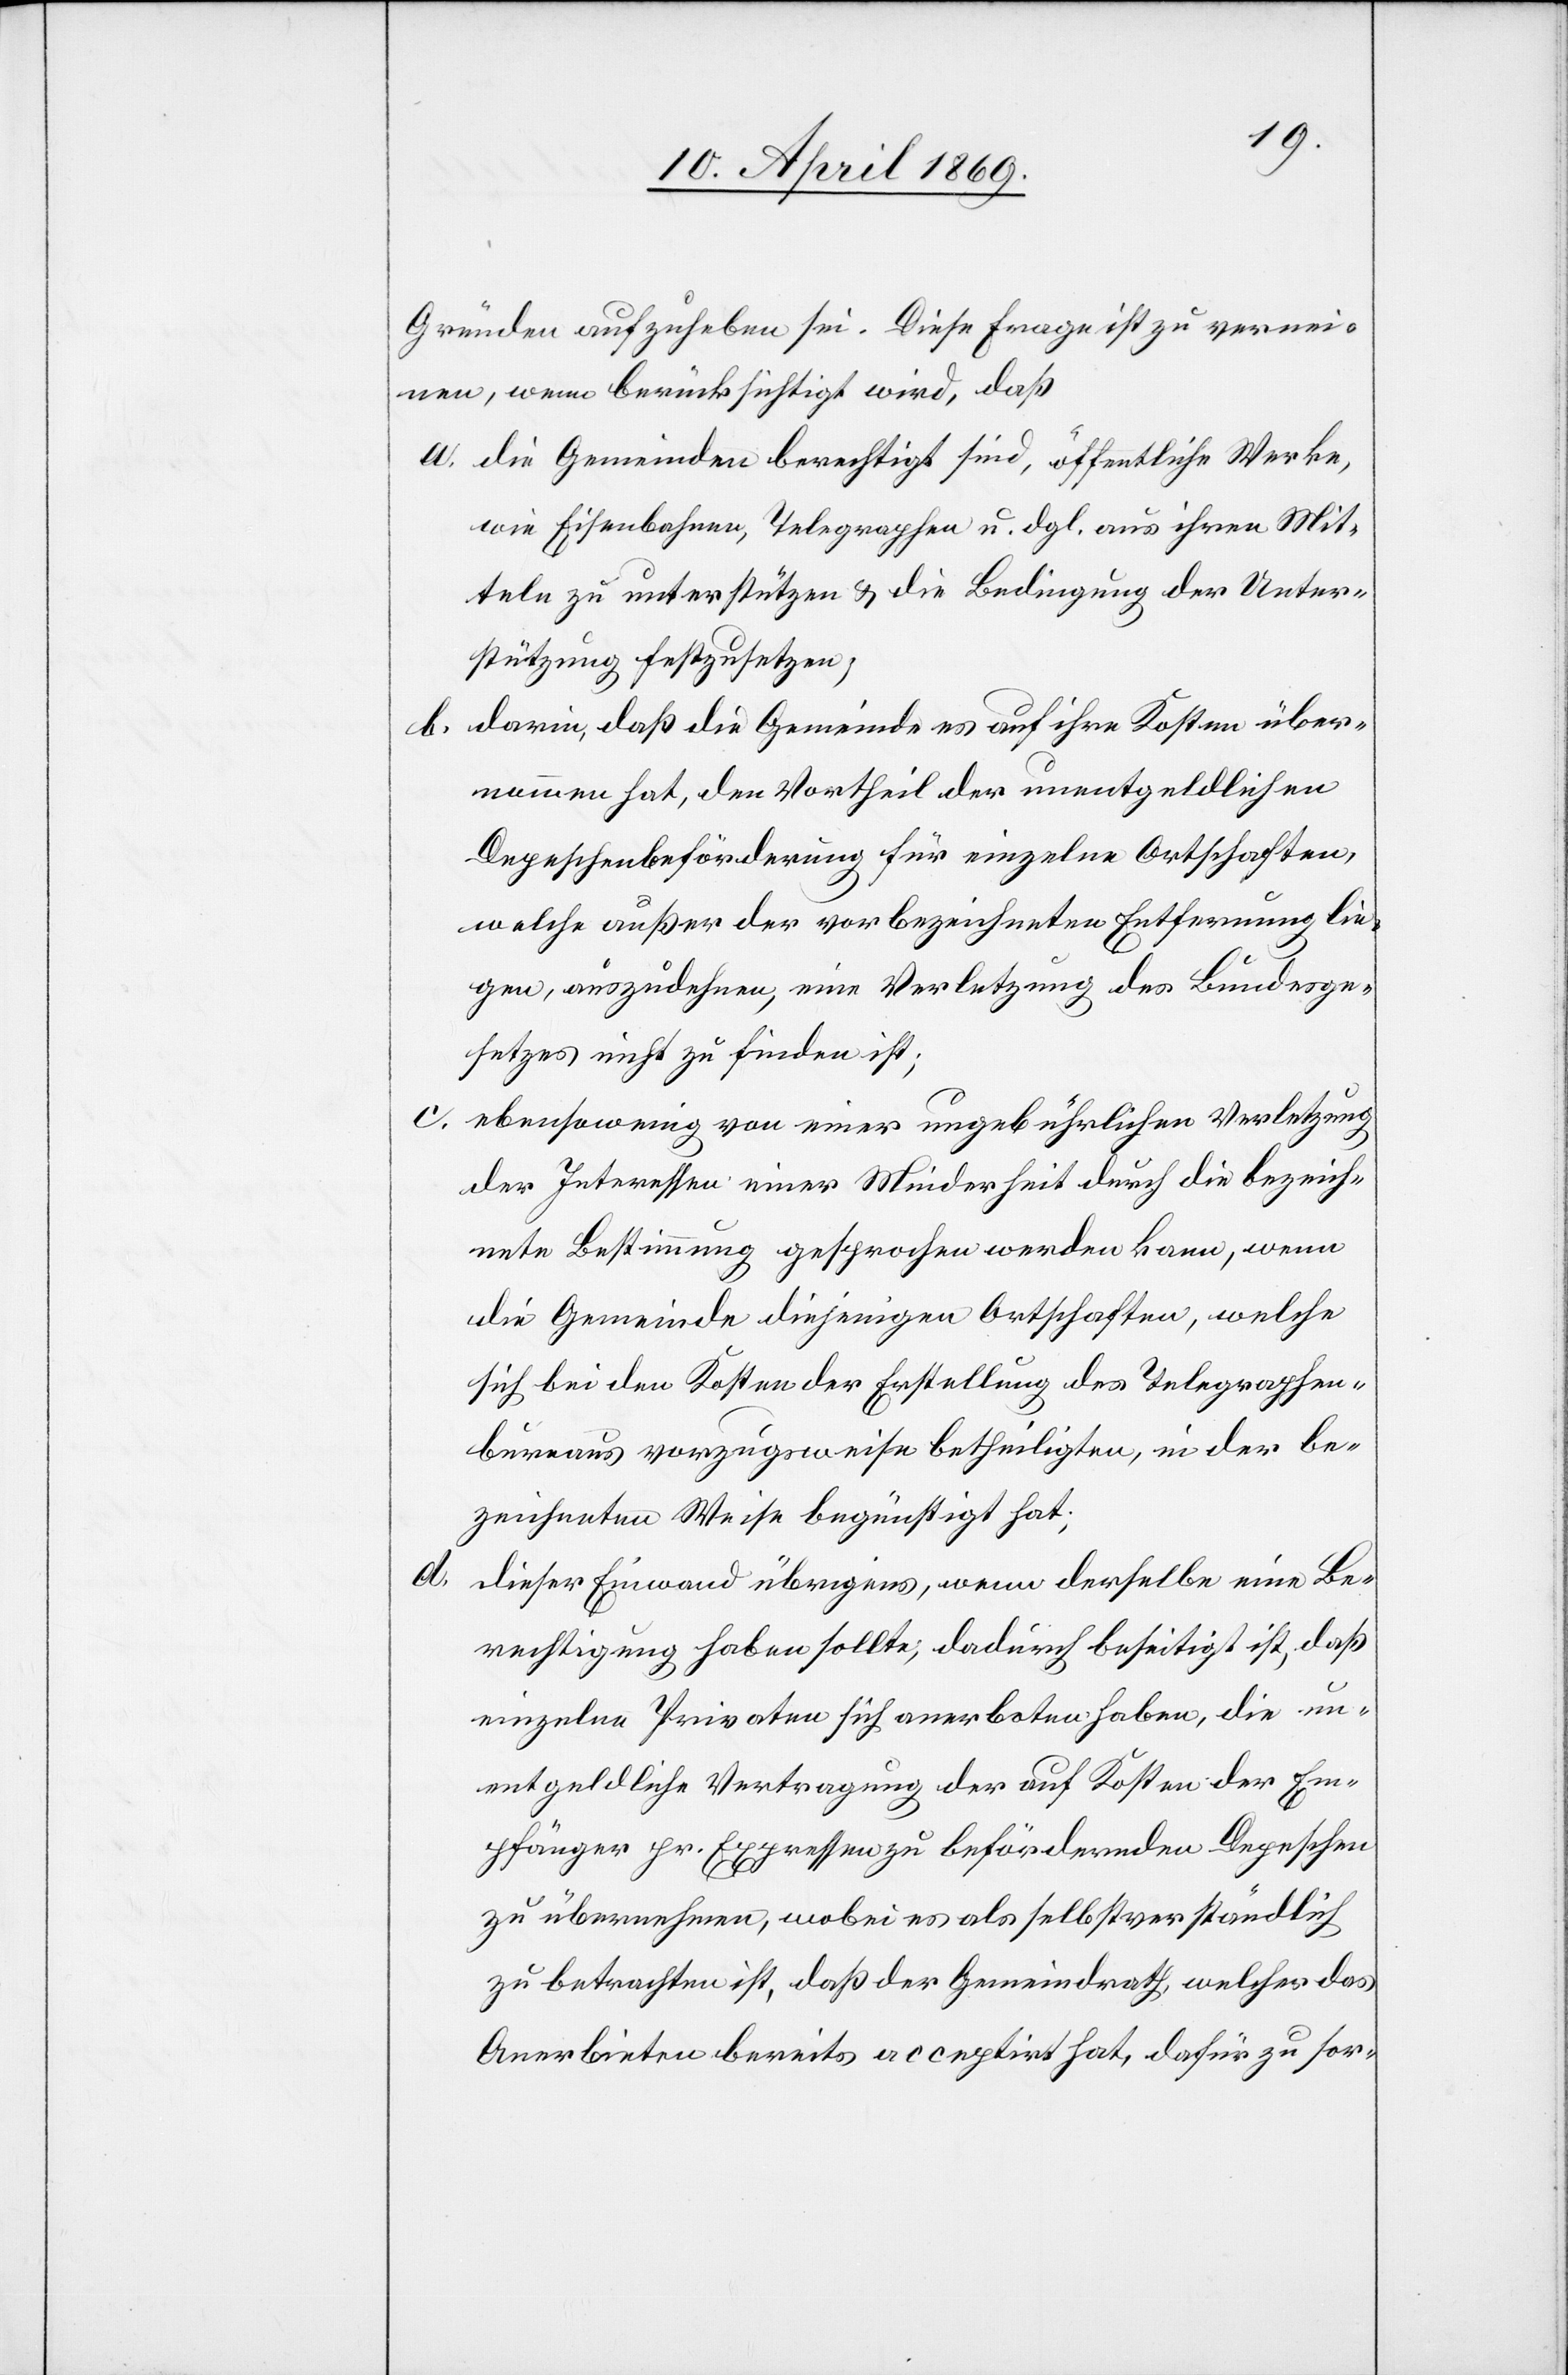
Gründen aufzuheben sei. Diese Frage ist zu vernei¬
nen, wenn berücksichtigt wird, daß
a. die Gemeinden berechtigt sind, öffentliche Werke,
wie Eisenbahnen, Telegraphen u. dgl. aus ihren Mit¬
teln zu unterstützen & die Bedingung der Unter¬
stützung festzusetzen;
darin, daß die Gemeinden es auf ihre Kosten über¬
b.
nommen hat, den Vortheil der unentgeldlichen
Depeschenbeförderung für einzelne Ortschaften,
welche außer der vorbezeichneten Entfernung lie¬
gen, auszudehnen, eine Verletzung des Bundesge¬
setzes nicht zu finden ist;
c. ebensowenig von einer ungebührlichen Verletzung
der Interessen einer Minderheit durch die bezeich¬
nete Bestimmung gesprochen werden kann, wenn
die Gemeinde diejenigen Ortschaften, welche
sich bei den Kosten der Erstellung des Telegraphen¬
bureaus vorzugsweise betheiligten, in der be¬
zeichneten Weise begünstigt hat;
dieser Einwand übrigens, wenn derselbe eine Be¬
rechtigung haben sollte; dadurch beseitigt ist, daß
einzelne Privaten sich anerboten haben, die un¬
entgeldliche Vertragung der auf Kosten der Em¬
pfänger pr. Expressen zu befördernden Depeschen
zu übernehmen, wobei es als selbstverständlich
zu betrachten ist, daß der Gemeindrath, welcher das
Anerbieten bereits acceptirt hat, dafür zu sor-